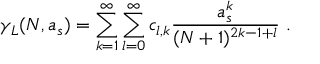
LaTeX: \gamma _ { L } ( N , a _ { s } ) = \sum _ { k = 1 } ^ { \infty } \sum _ { l = 0 } ^ { \infty } c _ { l , k } \frac { a _ { s } ^ { k } } { ( N + 1 ) ^ { 2 k - 1 + l } } ~ .